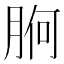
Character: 𭨸